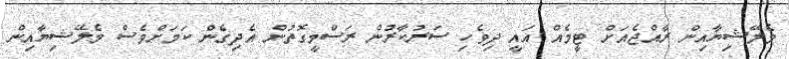
މެލޭޝިޔާއިން ރާއްޖެއަށް ޓީމެއް އައީ ދިވެހި ސަރުކާރުން ރަސްމީގޮތުން އެދިގެން ކަމަށްވެސް މެލޭޝިޔާއިން